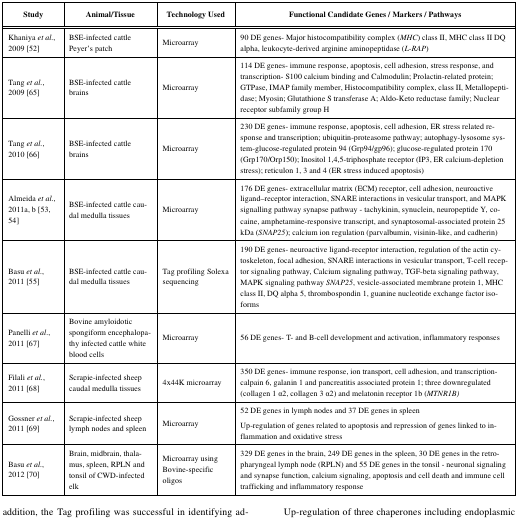
<table><thead><tr><td><b>Study</b></td><td><b>Animal/Tissue</b></td><td><b>Technology Used</b></td><td><b>Functional Candidate Genes / Markers / Pathways</b></td></tr></thead><tbody><tr><td>Khaniya <i>et al.</i>, 2009 [52]</td><td>BSE-infected cattle Peyer’s patch</td><td>Microarray</td><td>90 DE genes- Major histocompatibility complex (<i>MHC</i>) class II, MHC class II DQ alpha, leukocyte-derived arginine aminopeptidase (<i>L-RAP</i>) </td></tr><tr><td>Tang <i>et al.</i>, 2009 [65]</td><td>BSE-infected cattle brains</td><td>Microarray</td><td>114 DE genes- immune response, apoptosis, cell adhesion, stress response, and transcription- S100 cal­cium binding and Calmodulin; Prolactin-related protein; GTPase, IMAP family member, Histocompatibility complex, class II, Metallopeptidase; Myosin; Glutathione S transferase A; Aldo-Keto reductase family; Nuclear receptor subfamily group H </td></tr><tr><td>Tang <i>et al.</i>, 2010 [66]</td><td>BSE-infected cattle brains</td><td>Microarray</td><td>230 DE genes- immune response, apoptosis, cell adhesion, ER stress related response and transcription; ubiquitin-proteasome pathway; autophagy-lysosome system-glucose-regulated protein 94 (Grp94/gp96); glucose-regulated protein 170 (Grp170/Orp150); Inositol 1,4,5-triphosphate receptor (IP3, ER calcium-depletion stress); reticulon 1, 3 and 4 (ER stress induced apoptosis) </td></tr><tr><td>Almeida <i>et al.</i>, 2011a, b [53, 54]</td><td>BSE-infected cattle caudal medulla tissues </td><td>Microarray</td><td>176 DE genes- extracellular matrix (ECM) receptor, cell adhesion, neuroactive ligand–receptor interaction, SNARE interactions in vesicular transport, and MAPK signalling pathway synapse pathway - tachykinin, synuclein, neuropeptide Y, cocaine, amphetamine-responsive transcript, and synaptosomal-associated protein 25 kDa (<i>SNAP25</i>); calcium ion regulation (parvalbumin, visinin-like, and cadherin)</td></tr><tr><td>Basu <i>et al.</i>, 2011 [55]</td><td>BSE-infected cattle caudal medulla tissues </td><td>Tag profiling Solexa sequencing </td><td>190 DE genes- neuroactive ligand-receptor interaction, regulation of the actin cytoskeleton, focal adhesion, SNARE interactions in vesicular transport, T-cell receptor signaling pathway, Calcium signaling pathway, TGF-beta signaling pathway, MAPK signaling pathway <i>SNAP25</i>, vesicle-associated membrane protein 1, MHC class II, DQ alpha 5, thrombospondin 1, guanine nucleotide exchange factor isoforms</td></tr><tr><td>Panelli <i>et al.</i>, 2011 [67]</td><td>Bovine amyloidotic spongiform encephalopathy infected cattle white blood cells </td><td>Microarray</td><td>56 DE genes- T- and B-cell development and activation, inflammatory responses</td></tr><tr><td>Filali <i>et al.</i>, 2011 [68]</td><td>Scrapie-infected sheep caudal medulla tissues</td><td>4x44K microarray</td><td>350 DE genes- immune response, ion transport, cell adhesion, and transcription- calpain 6, galanin 1 and pancreatitis associated protein 1; three downregulated (collagen 1 α2, collagen 3 α2) and melatonin receptor 1b (<i>MTNR1B)</i></td></tr><tr><td>Gossner <i>et al.</i>, 2011 [69]</td><td>Scrapie-infected sheep lymph nodes and spleen</td><td>Microarray</td><td>52 DE genes in lymph nodes and 37 DE genes in spleenUp-regulation of genes related to apoptosis and repression of genes linked to inflammation and oxidative stress</td></tr><tr><td>Basu <i>et al.</i>, 2012 [70]</td><td>Brain, midbrain, thalamus, spleen, RPLN and tonsil of CWD-infected elk</td><td>Microarray using Bovine-specific oligos</td><td>329 DE genes in the brain, 249 DE genes in the spleen, 30 DE genes in the retropharyngeal lymph node (RPLN) and 55 DE genes in the tonsil - neuronal signaling and synapse function, calcium signaling, apoptosis and cell death and immune cell trafficking and inflammatory response</td></tr></tbody></table>